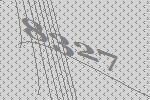
8327